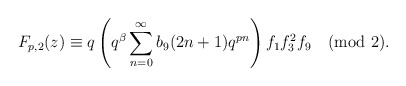
\begin{align*}F_{p,2}(z)\equiv q\left(q^{\beta}\sum_{n=0}^{\infty}b_9(2n+1)q^{pn} \right) f_1f^{2}_{3}f_{9}\pmod{2}.\end{align*}